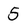
Character: 5